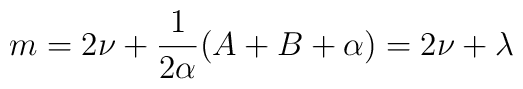
m=2\nu +\frac{1}{2\alpha }(A+B+\alpha )=2\nu +\lambda